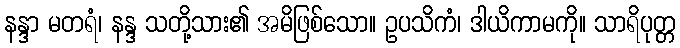
နန္ဒာ မတရံ၊ နန္ဒ သတို့သား၏ အမိဖြစ်သော။ ဥပသိကံ၊ ဒါယိကာမကို။ သာရိပုတ္တ